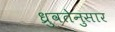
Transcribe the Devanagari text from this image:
ध्रुवतेनुसार